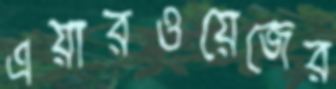
এয়ারওয়েজের